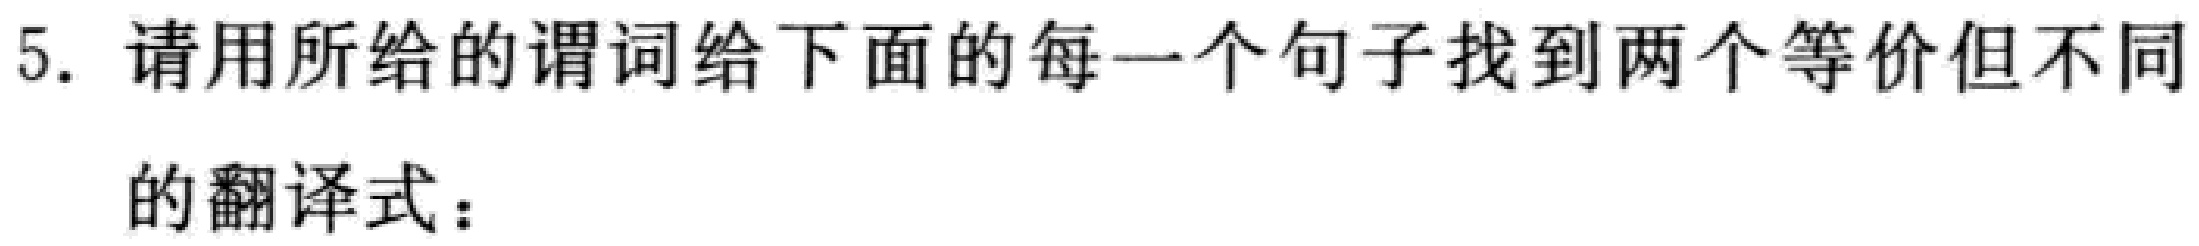
5. 请用所给的谓词给下面的每一个句子找到两个等价但不同的翻译式：